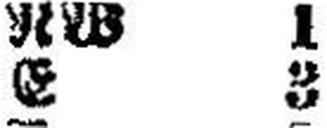
E 3